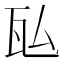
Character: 𬎤